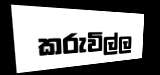
කරුවිල්ල